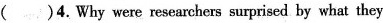
( )4.Why were researchers surprised by what they